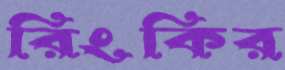
রিংকির